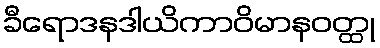
ခီရောဒနဒါယိကာဝိမာနဝတ္ထု